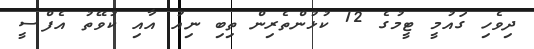
ދިވެހި ގައުމީ ޓީމުގެ 12 ކުޅުންތެރިން ތިބި ނިއު އާއި ކުވޭތު އެފްސީ